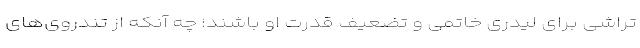
تراشی برای لیدری خاتمی و تضعیف قدرت او باشند؛ چه آنکه از تندروی‌های